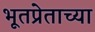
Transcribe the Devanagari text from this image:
भूतप्रेताच्या